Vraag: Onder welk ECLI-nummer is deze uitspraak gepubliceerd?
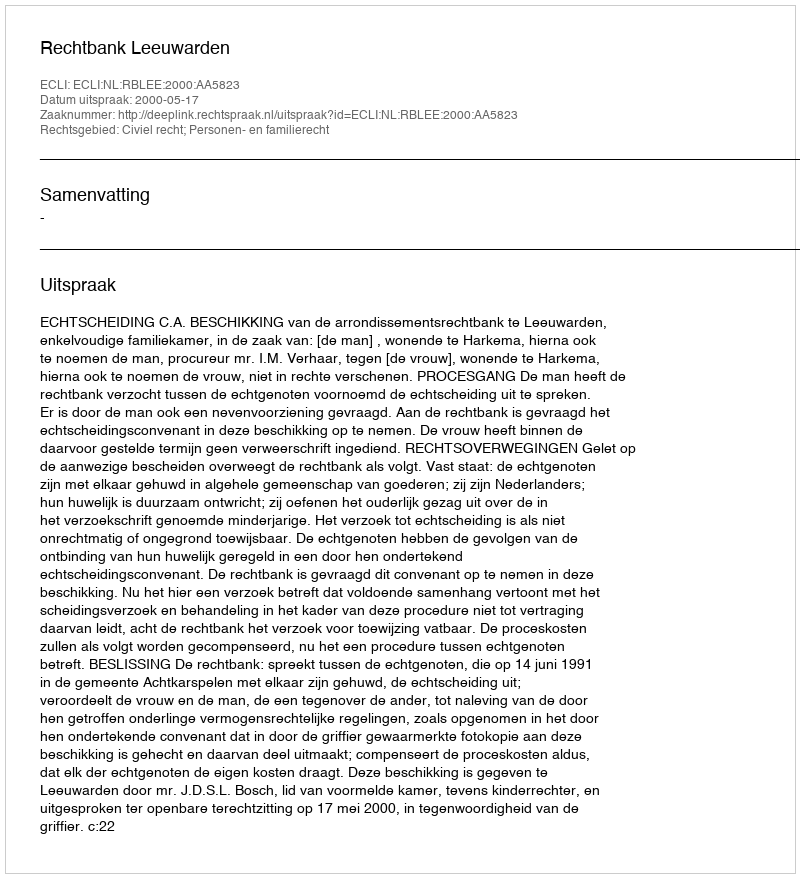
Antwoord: ECLI:NL:RBLEE:2000:AA5823